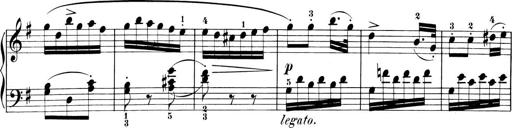
Title: 6 Piano Sonatinas
Composer: Cornelius Gurlitt